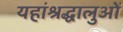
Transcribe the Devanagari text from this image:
यहांश्रद्धालुओं